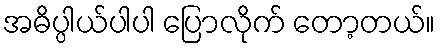
အဓိပ္ပါယ်ပါပါ ပြောလိုက် တော့တယ်။